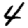
Digit: 4